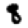
Digit: 8